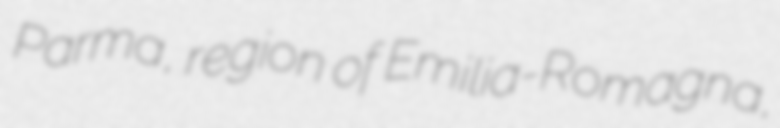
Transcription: Parma, region of Emilia-Romagna,